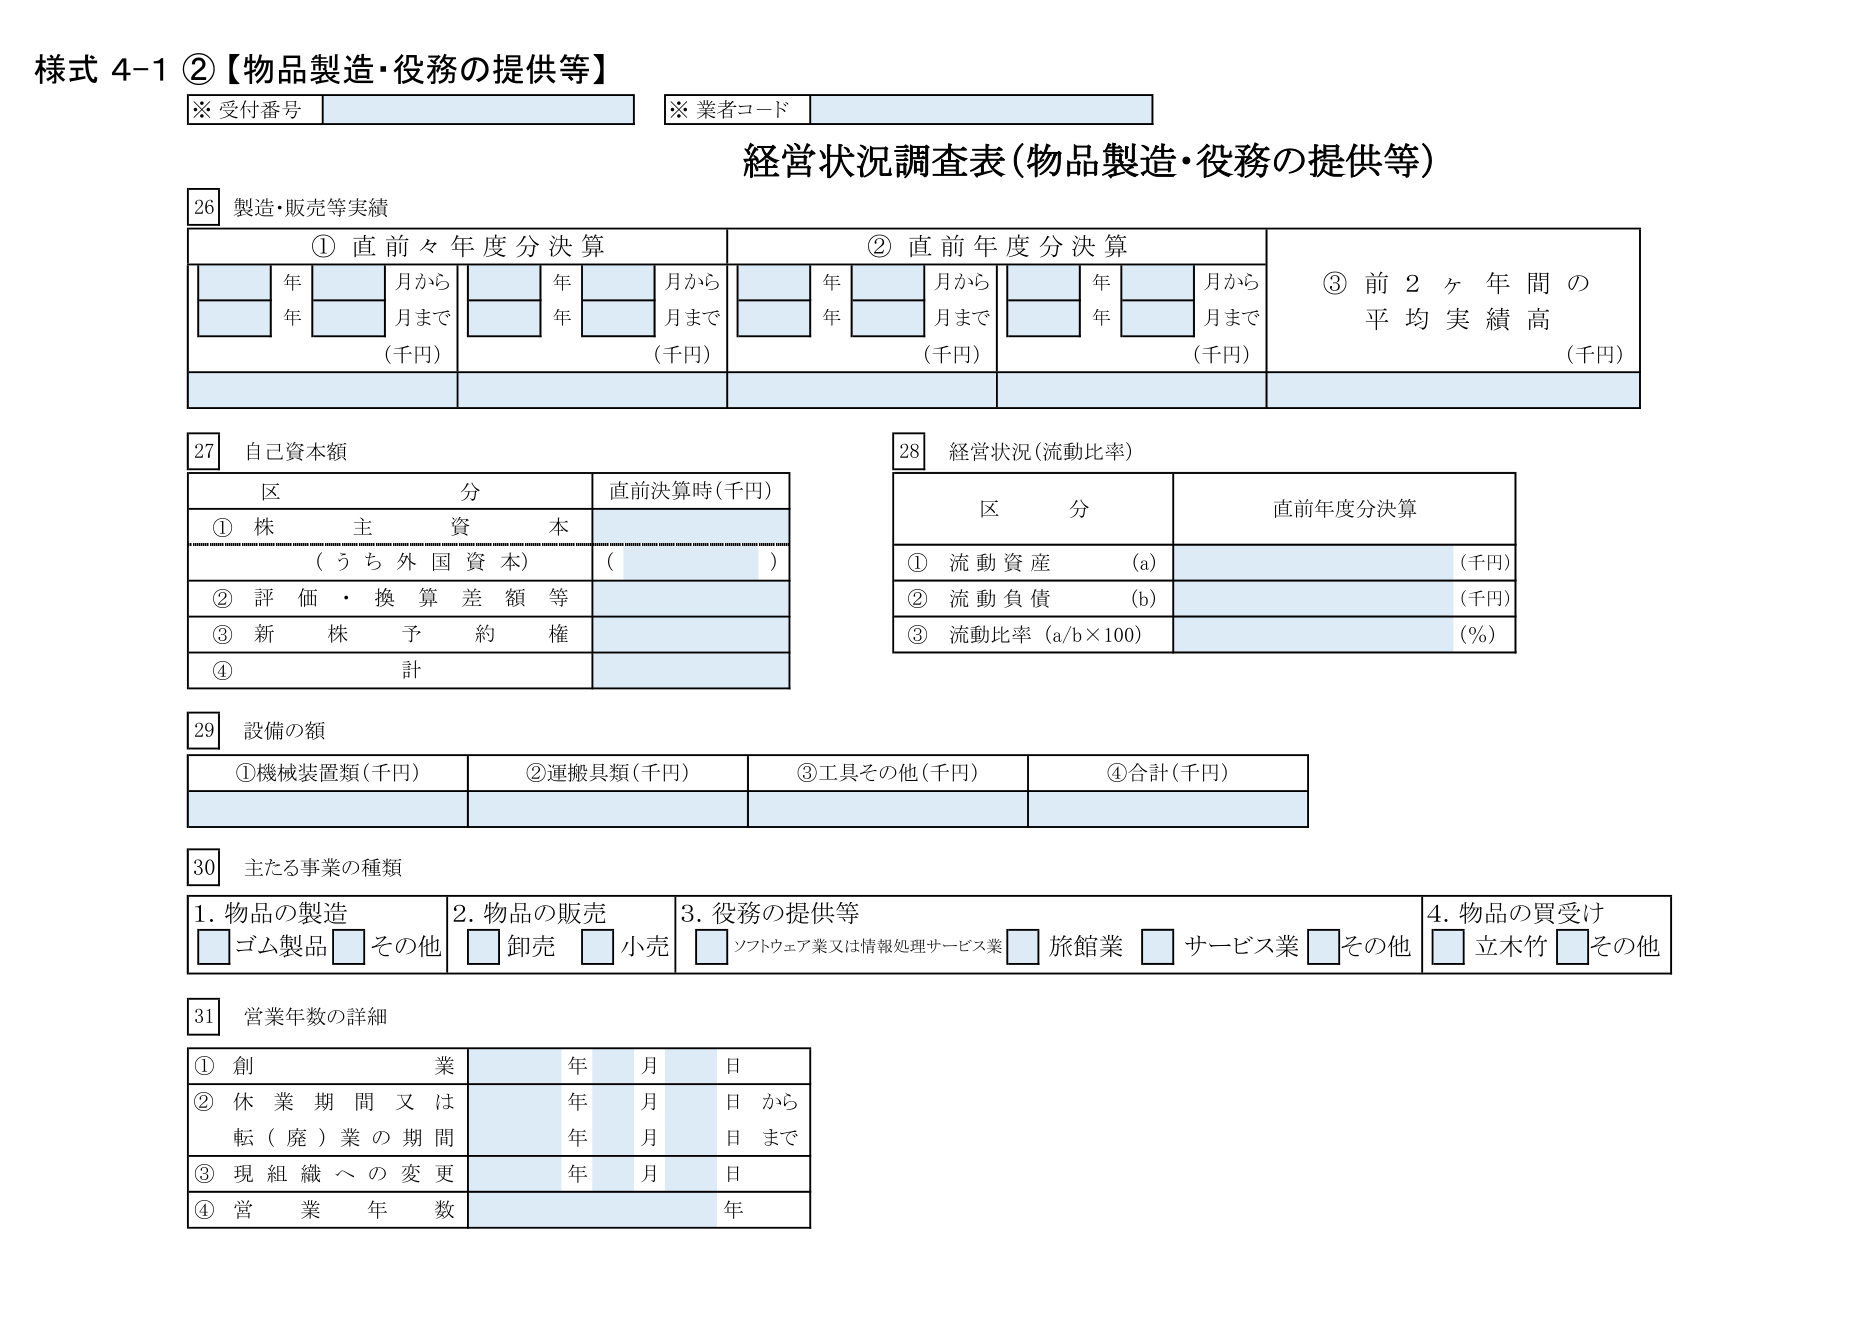
様式 4-1 ②【物品製造・役務の提供等】
※ 受付番号
※ 業者コード
経営状況調査表（物品製造・役務の提供等）
26 製造・販売等実績
① 直前々年度分決算
年 月から
年 月まで
（千円）
年 月から
年 月まで
（千円）
② 直前年度分決算
年 月から
年 月まで
（千円）
年 月から
年 月まで
（千円）
③ 前2ヶ年間の平均実績高
（千円）
27 自己資本額
区分 直前決算時（千円）
① 株主資本
（うち外国資本）
（ ）
② 評価・換算差額等
③ 新株予約権
④ 計
28 経営状況（流動比率）
区分 直前年度分決算
① 流動資産 （a） （千円）
② 流動負債 （b） （千円）
③ 流動比率（a/b×100） （％）
29 設備の額
① 機械装置類（千円）
② 運搬具類（千円）
③ 工具その他（千円）
④ 合計（千円）
30 主たる事業の種類
1. 物品の製造
□ ゴム製品 □ その他
2. 物品の販売
□ 卸売 □ 小売
3. 役務の提供等
□ ソフトウェア業又は情報処理サービス業 □ 旅館業 □ サービス業 □ その他
4. 物品の買受け
□ 立木竹 □ その他
31 営業年数の詳細
① 創業 年 月 日
② 休業期間又は転（廃）業の期間 年 月 日から 年 月 日まで
③ 現組織への変更 年 月 日
④ 営業年数 年